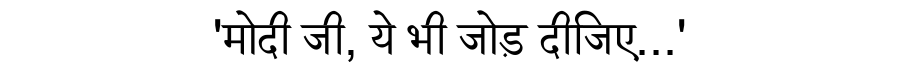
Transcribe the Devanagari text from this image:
'मोदी जी, ये भी जोड़ दीजिए...'